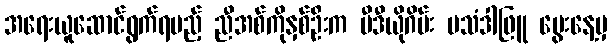
အရေးယူဆောင်ရွက်ရမည့် ညီအစ်ကိုနှစ်ဦးက ဗီဒီယိုဂိမ်း မသံဒါဖြူ မွေးနေ့မှ